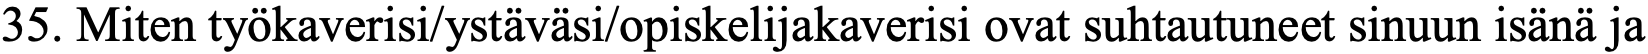
35. Miten työkaverisi/ystäväsi/opiskelijakaverisi ovat suhtautuneet sinuun isänä ja